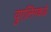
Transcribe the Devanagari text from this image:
वुएलिंगकडे